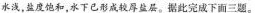
水浅，盐度饱和，水下已形成较厚盐层。据此完成下面三题。